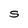
Character: S